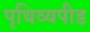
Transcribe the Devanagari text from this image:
पृथिव्यपीड